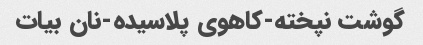
گوشت نپخته-کاهوی پلاسیده-نان بیات